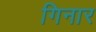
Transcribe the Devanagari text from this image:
गिनार